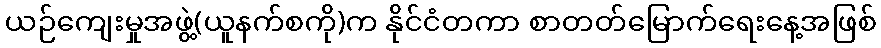
ယဉ်ကျေးမှုအဖွဲ့(ယူနက်စကို)က နိုင်ငံတကာ စာတတ်မြောက်ရေးနေ့အဖြစ်